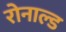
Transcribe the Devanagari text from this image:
रोनाल्‍ड